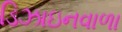
ડિઝાઇનવાળા